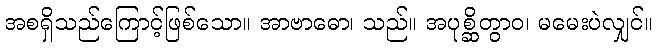
အစရှိသည်ကြောင့်ဖြစ်သော။ အာဗာဓော၊ သည်။ အပုစ္ဆိတွာဝ၊ မမေးပဲလျှင်။